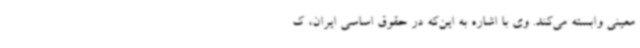
معینی وابسته می‌کند. وی با اشاره به این‌که در حقوق اساسی ایران، ک